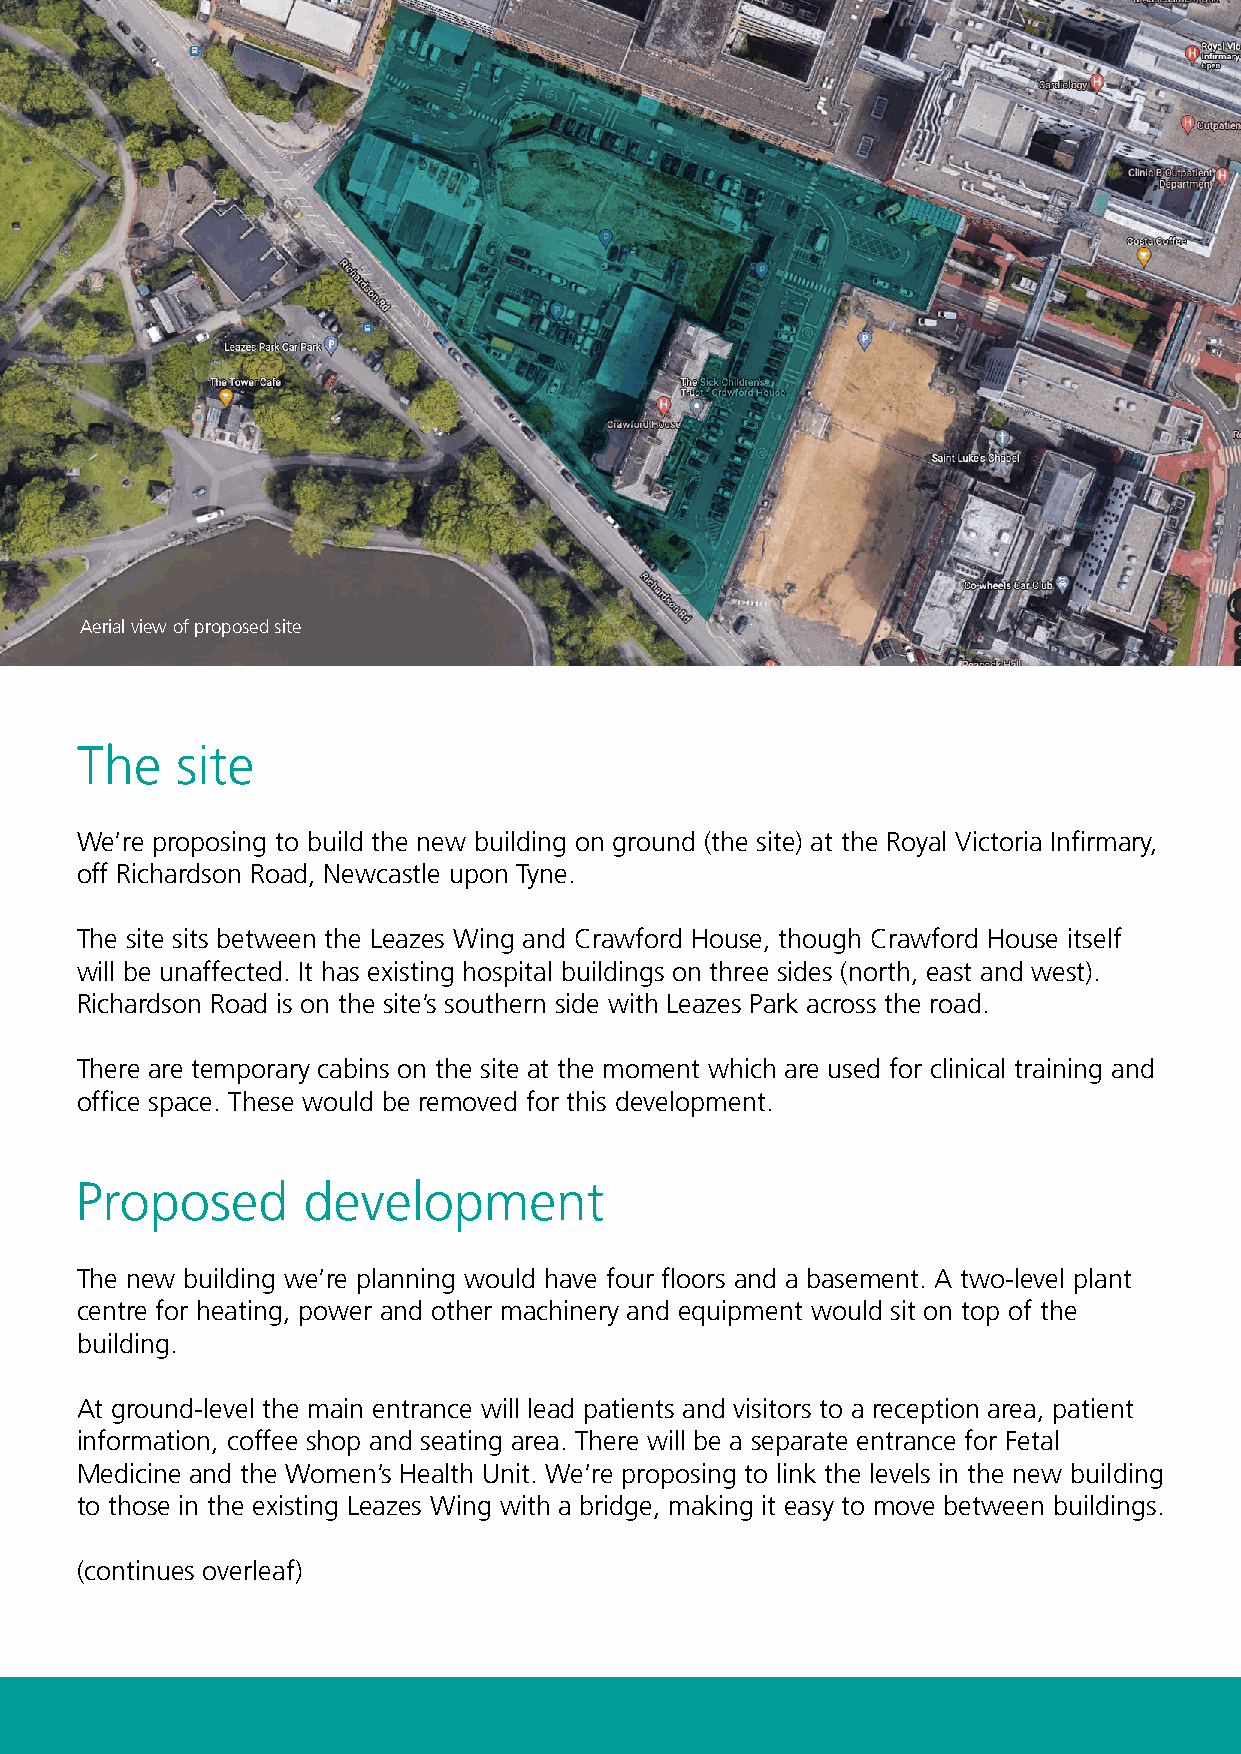
Aerial view of proposed site
 The    site
 We’re proposing to build the new building on ground (the site) at the Royal Victoria Infirmary,
 off Richardson Road, Newcastle upon Tyne.
 The site sits between the Leazes Wing and Crawford House, though Crawford House itself
 will be unaffected. It has existing hospital buildings on three sides (north, east and west).
 Richardson Road is on the site’s southern side with Leazes Park across the road.
 There are temporary cabins on the site at the moment which are used for clinical training and
 office space. These would be removed for this development.
 Proposed       development
 The new building we’re planning would have four floors and a basement. A two-level plant
 centre for heating, power and other machinery and equipment would sit on top of the
 building.
 At ground-level the main entrance will lead patients and visitors to a reception area, patient
 information, coffee shop and seating area. There will be a separate entrance for Fetal
 Medicine and the Women’s Health Unit. We’re proposing to link the levels in the new building
 to those in the existing Leazes Wing with a bridge, making it easy to move between buildings.
 (continues overleaf)